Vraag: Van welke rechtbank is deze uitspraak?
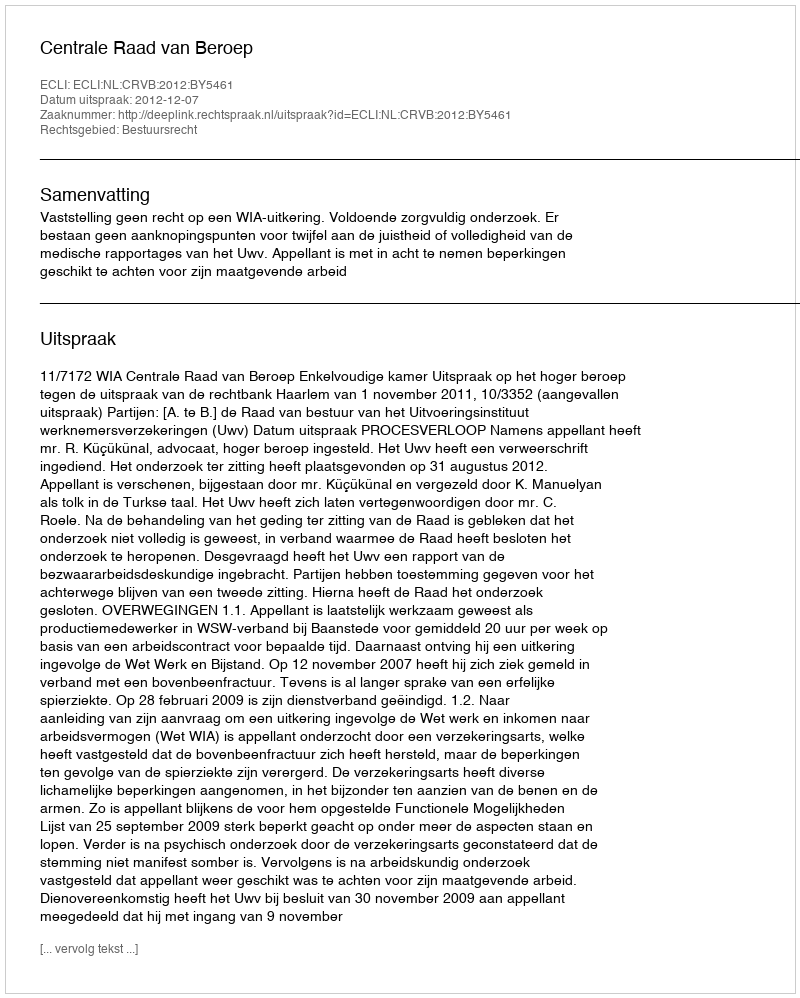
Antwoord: Centrale Raad van Beroep